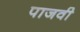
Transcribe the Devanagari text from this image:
पाजवी